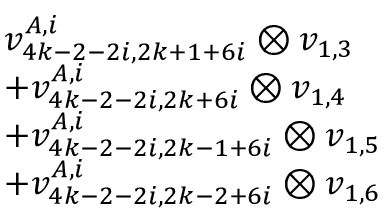
\begin{array} { r l } & { v _ { 4 k - 2 - 2 i , 2 k + 1 + 6 i } ^ { A , i } \otimes v _ { 1 , 3 } } \\ & { + v _ { 4 k - 2 - 2 i , 2 k + 6 i } ^ { A , i } \otimes v _ { 1 , 4 } } \\ & { + v _ { 4 k - 2 - 2 i , 2 k - 1 + 6 i } ^ { A , i } \otimes v _ { 1 , 5 } } \\ & { + v _ { 4 k - 2 - 2 i , 2 k - 2 + 6 i } ^ { A , i } \otimes v _ { 1 , 6 } } \end{array}